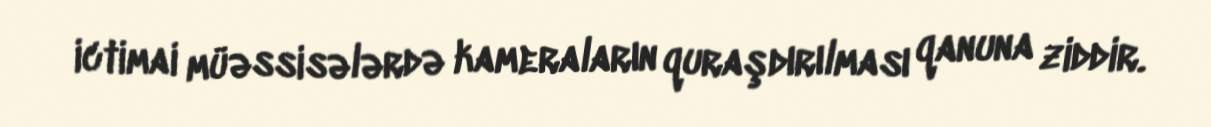
ictimai müəssisələrdə kameraların quraşdırılması qanuna ziddir.